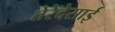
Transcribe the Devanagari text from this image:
तेरेदेसाई